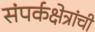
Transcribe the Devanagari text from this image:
संपर्कक्षेत्रांची